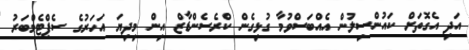
އަދި އެގޮތަށް ކައުންސިލުން އެއްބަސްވުމާ ގުޅިގެން ކްރެސެންޑާޒް އިން މިދިޔަ އަހަރުގެ ސެޕްޓެމްބަރު